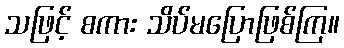
သဖြင့် စကား သိပ်မပြောဖြစ်ကြ။